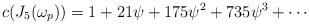
LaTeX: \begin{align*} c(J_5(\omega_p)) = 1 +21\psi +175\psi^2 +735\psi^3 +\cdots\end{align*}